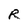
Character: R